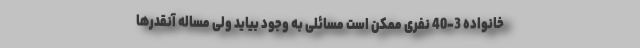
خانواده 3-40 نفری ممکن است مسائلی به وجود بیاید ولی مساله آنقدرها